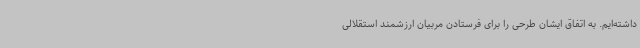
داشته‌ایم. به اتفاق ایشان طرحی را برای فرستادن مربیان ارزشمند استقلالی